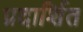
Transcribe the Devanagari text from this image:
प्रदार्शित